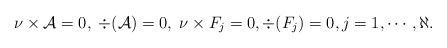
\begin{align*}\nu \times \mathcal{A} = 0, \; \div (\mathcal{A}) = 0, \; \nu \times F_{j} = 0, \div(F_{j})=0, j=1,\cdots,\aleph. \end{align*}